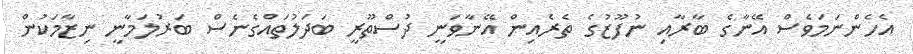
އެހެންނަމަވެސް އޭނާގެ ބާރާއި ނުފޫޒުގެ ތެރެއިން އޭނާވަނީ ދުސްތޫރީ ބަދަލުތައްގެނެސް ބަރުލަމާނީ ނިޒާމަކުން